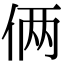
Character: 俩